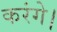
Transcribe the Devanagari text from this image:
करंगे।